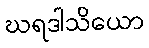
ဃရဒါသိယော